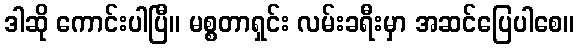
ဒါဆို ကောင်းပါပြီ။ မစ္စတာရှင်း လမ်းခရီးမှာ အဆင်ပြေပါစေ။